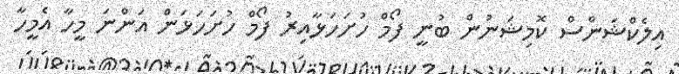
އިލެކްޝަންސް ކޮމިޝަނުން ބުނީ ފޯމް ހުށަހަޅާއިރު ފޯމް ހުށަހަޅަން އަންނަ މީހާ އެމީހާ